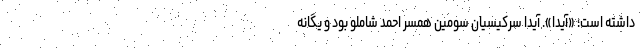
داشته است؛ «آیدا». آیدا سرکیسیان سومین همسر احمد شاملو بود و یگانه